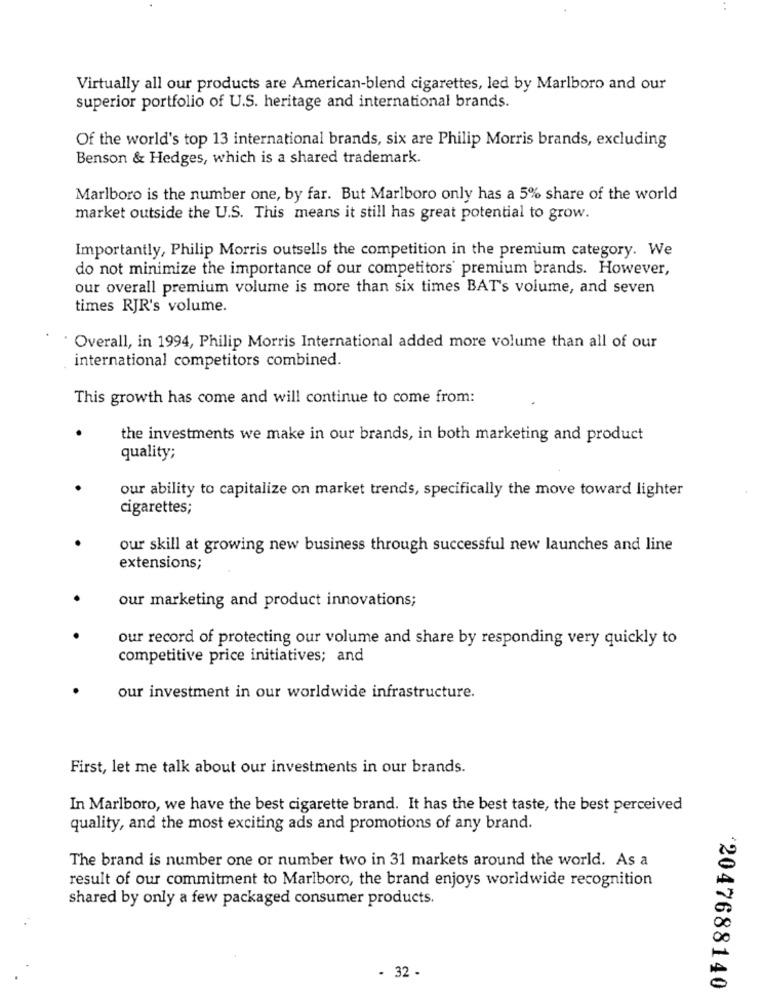
Virtually all our products are American-blend cigarettes, led by Marlboro and our
superior portfolio of U.S. heritage and international brands.
Of the world's top 13 international brands, six are Philip Morris brands, excluding
Benson & Hedges, which is a shared trademark.
Marlboro is the number one, by far. But Marlboro only has a 5% share of the world
market outside the U.S. This means it still has great potential to grow.
Importantly, Philip Morris outsells the competition in the premium category. We
do not minimize the importance of our competitors' premium brands. However,
our overall premium volume is more than six times BAT's volume, and seven
times RJR's volume.
Overall, in 1994, Philip Morris International added more volume than all of our
international competitors combined.
This growth has come and will continue to come from:
the investments we make in our brands, in both marketing and product
quality;
our ability to capitalize on market trends, specifically the move toward lighter
cigarettes;
our skill at growing new business through successful new launches and line
extensions;
our marketing and product innovations;
our record of protecting our volume and share by responding very quickly to
competitive price initiatives; and
our investment in our worldwide infrastructure.
First, let me talk about our investments in our brands.
In Marlboro, we have the best cigarette brand. It has the best taste, the best perceived
quality, and the most exciting ads and promotions of any brand.
The brand is number one or number two in 31 markets around the world. As a
result of our commitment to Marlboro, the brand enjoys worldwide recognition
shared by only a few packaged consumer products.
- 32 -
2047688140